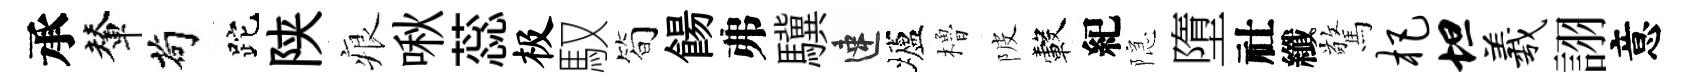
承輦茍跎陕痕啾蕊极馭筍餳弗驥速壚櫓陂轂紀隠墮社纖驚杷坦羲詡意